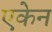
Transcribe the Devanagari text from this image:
एकेन